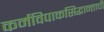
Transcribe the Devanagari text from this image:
कर्मविपाकसिद्धान्ताची